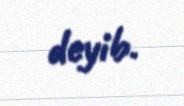
deyib.